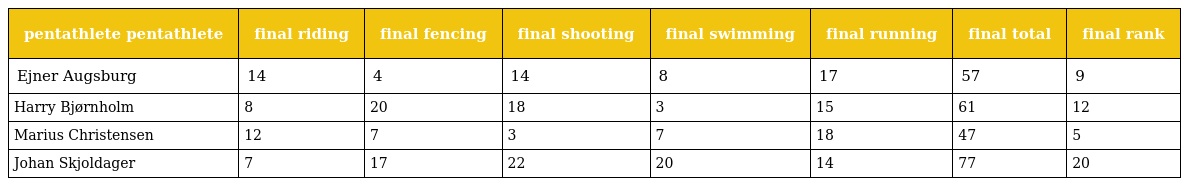
| pentathlete pentathlete | final riding | final fencing | final shooting | final swimming | final running | final total | final rank |
 | --- | --- | --- | --- | --- | --- | --- | --- |
 | Ejner Augsburg | 14 | 4 | 14 | 8 | 17 | 57 | 9 |
 | Harry Bjørnholm | 8 | 20 | 18 | 3 | 15 | 61 | 12 |
 | Marius Christensen | 12 | 7 | 3 | 7 | 18 | 47 | 5 |
 | Johan Skjoldager | 7 | 17 | 22 | 20 | 14 | 77 | 20 |